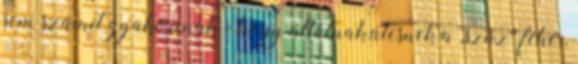
sem számít gyakorinak - hogy átlátnak,átesnek a ,,szűz" fehér